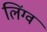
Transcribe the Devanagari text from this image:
लिंग्व